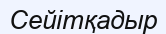
Сейітқадыр